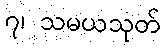
၇၊ သမယသုတ်